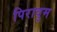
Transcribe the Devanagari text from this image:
पिरावुम